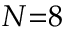
N { = } 8